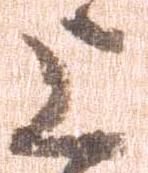
上